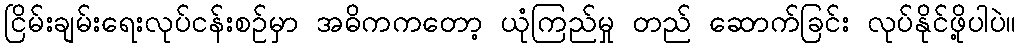
ငြိမ်းချမ်းရေးလုပ်ငန်းစဉ်မှာ အဓိကကတော့ ယုံကြည်မှု တည် ဆောက်ခြင်း လုပ်နိုင်ဖို့ပါပဲ။